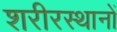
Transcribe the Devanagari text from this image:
शरीरस्थानों